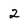
Character: 2